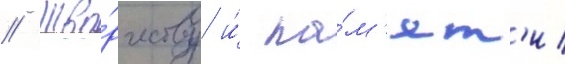
// Тво́рчеству и́ па́м'ят'и